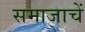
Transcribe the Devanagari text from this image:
समाजाचें